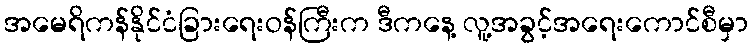
အမေရိကန်နိုင်ငံခြားရေးဝန်ကြီးက ဒီကနေ့ လူ့အခွင့်အရေးကောင်စီမှာ